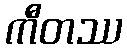
ကီတဿ